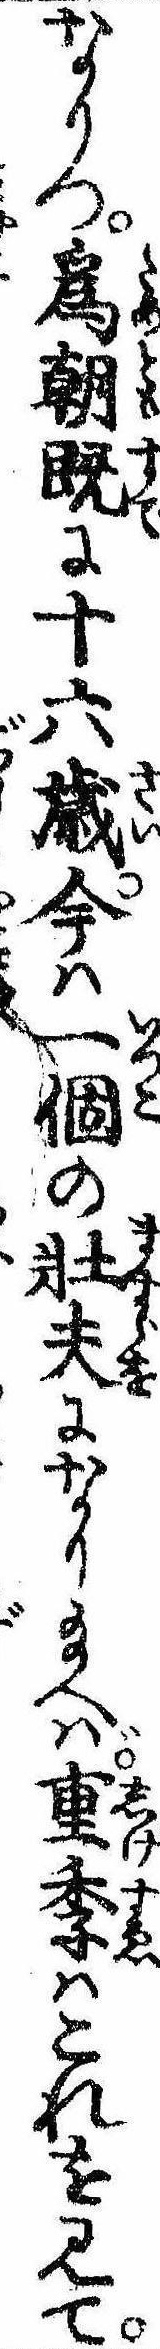
なりつ為朝既に十六歳今は一個の壮夫になり給へば重季はこれを見て